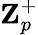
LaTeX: \textbf{Z}_{p}^{+}